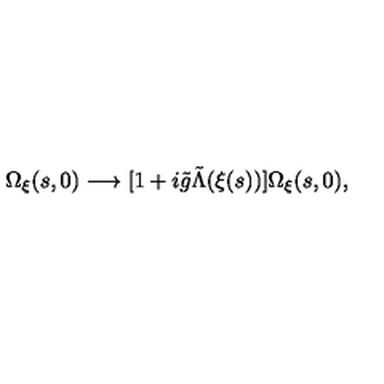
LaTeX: \Omega _ { \xi } ( s , 0 ) \longrightarrow [ 1 + i { \tilde { g } } { \tilde { \Lambda } } ( \xi ( s ) ) ] \Omega _ { \xi } ( s , 0 ) ,